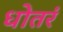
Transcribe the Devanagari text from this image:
धोतरं